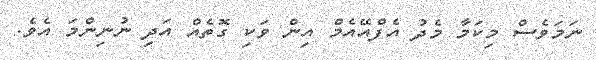
ނަމަވެސް މިކަމާ މެދު އެފްއޭއެމް އިން ވަކި ގޮތެއް އަދި ނުނިންމަ އެވެ.